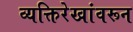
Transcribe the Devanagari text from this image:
व्यक्तिरेखांवरून